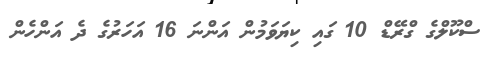
ސްކޫލްގެ ގްރޭޑް 10 ގައި ކިޔަވަމުން އަންނަ 16 އަހަރުގެ ދެ އަންހެން